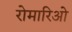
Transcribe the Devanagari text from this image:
रोमारिओ